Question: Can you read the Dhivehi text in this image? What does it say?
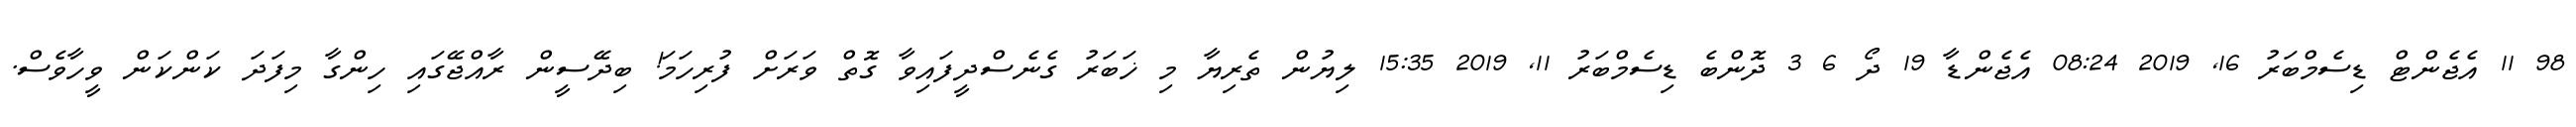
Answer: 98 11 އެޖެންޓް ޑިސެމްބަރު 16, 2019 08:24 އެޖެންޑާ 19 ދޯ 6 3 ދޮންބެ ޑިސެމްބަރު 11, 2019 15:35 ލިޔުން ތެރިޔާ މި ޚަބަރު ގެނެސްދީފައިވާ ގޮތް ވަރަށް ފުރިހަމަ! ބިދޭސީން ރާއްޖޭގައި ހިންގާ މިފަދަ ކަންކަން ވީހާވެސް.